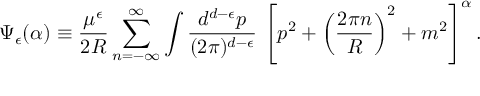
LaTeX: \Psi _ { \epsilon } ( \alpha ) \equiv \frac { \mu ^ { \epsilon } } { 2 R } \sum _ { n = - \infty } ^ { \infty } \int \frac { d ^ { d - \epsilon } p } { ( 2 \pi ) ^ { d - \epsilon } } \, \left[ p ^ { 2 } + \left( \frac { 2 \pi n } { R } \right) ^ { 2 } + m ^ { 2 } \right] ^ { \alpha } .